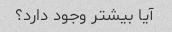
آیا بیشتر وجود دارد؟